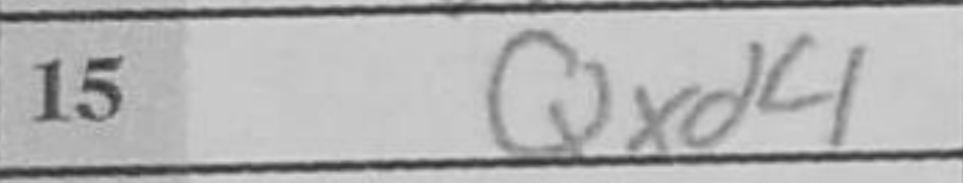
Transcription: Qxd4